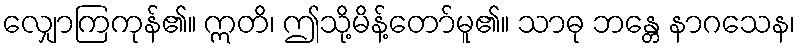
လျှောကြကုန်၏။ ဣတိ၊ ဤသို့မိန့်တော်မူ၏။ သာဓု ဘန္တေ နာဂသေန၊